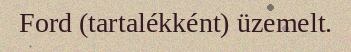
Ford (tartalékként) üzemelt.